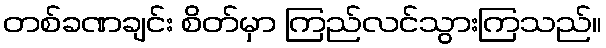
တစ်ခဏချင်း စိတ်မှာ ကြည်လင်သွားကြသည်။